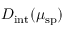
D _ { \mathrm { i n t } } ( \mu _ { \mathrm { s p } } )